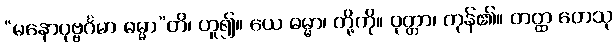
“မနောပုဗ္ဗင်္ဂမာ ဓမ္မာ”တိ၊ ဟူ၍။ ယေ ဓမ္မာ၊ တို့ကို။ ဝုတ္တာ၊ ကုန်၏။ တတ္ထ တေသု